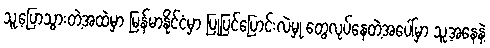
သူ့ပြောသွားတဲ့အထဲမှာ မြန်မာနိုင်ငံမှာ ပြုပြင်ပြောင်းလဲမှု တွေလုပ်နေတဲ့အပေါ်မှာ သူ့အနေနဲ့